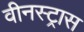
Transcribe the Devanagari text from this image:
वीनस्ट्रास